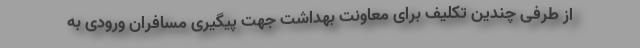
از طرفی چندین تکلیف برای معاونت بهداشت جهت پیگیری مسافران ورودی به